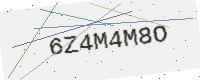
Text: 6Z4M4M8O